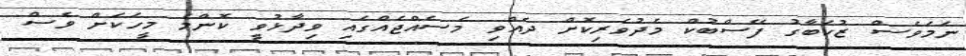
ނަމަވެސް ޒުކަބާގު ފޭސްބުކް މެދުވެރިކޮށް ދެއްވި މެސެއްޖެއްގައި ވިދާޅުވީ ކޮންމެ މީހަކަށް ވެސް